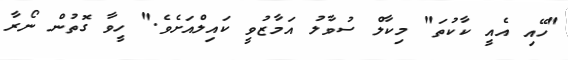
"ހޭއި އެއީ ކާކުތަ" މިކާލް ސުވާލު އަމާޒުވީ ކައިލްއަށެވެ." ހީވާ ގޮތުން ނޯރާ